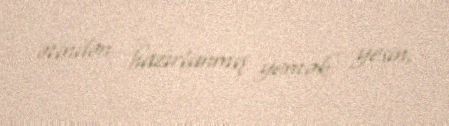
ətindən hazırlanmış yemək yesin.